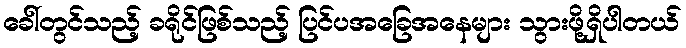
ခေါ်တွင်သည့် ခရိုင်ဖြစ်သည့် ပြင်ပအခြေအနေများ သွားဖို့ရှိပါတယ်